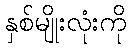
နှစ်မျိုးလုံးကို